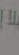
ما